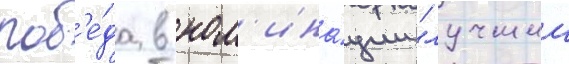
поб'е́да в ном'ина́ции "лучшии